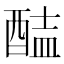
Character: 𨡝